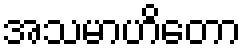
အသမာဟိတော